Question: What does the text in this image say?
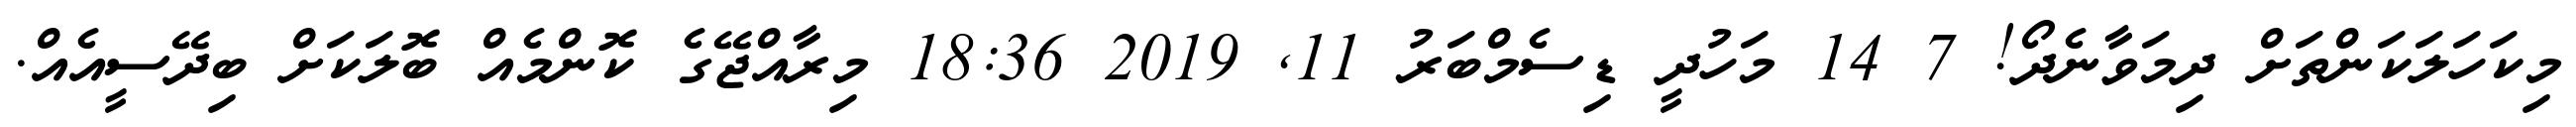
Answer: މިކަހަލަކަންތަށް ދިމަވާނެދޯ! 7 14 މަހުދީ ޑިސެމްބަރު 11, 2019 18:36 މިރާއްޖޭގެ ކޮންމެއް ބޮލަކަށް ބިދޭސީއެއް.